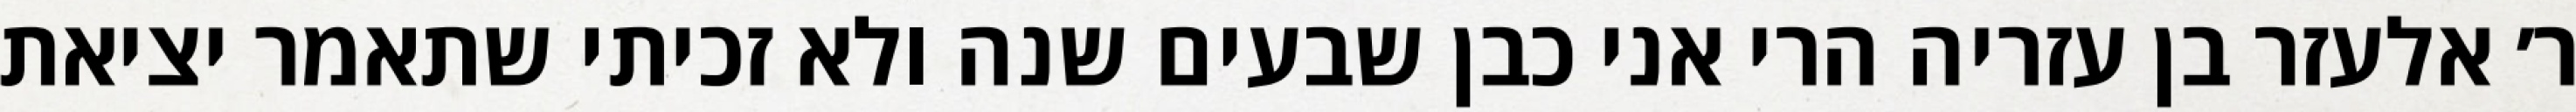
ר׳ אלעזר בן עזריה הרי אני כבן שבעים שנה ולא זכיתי שתאמר יציאת